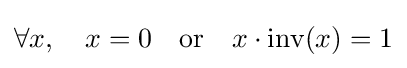
\forall x,\quad x=0\quad {\text{or}}\quad x\cdot \operatorname {inv} (x)=1